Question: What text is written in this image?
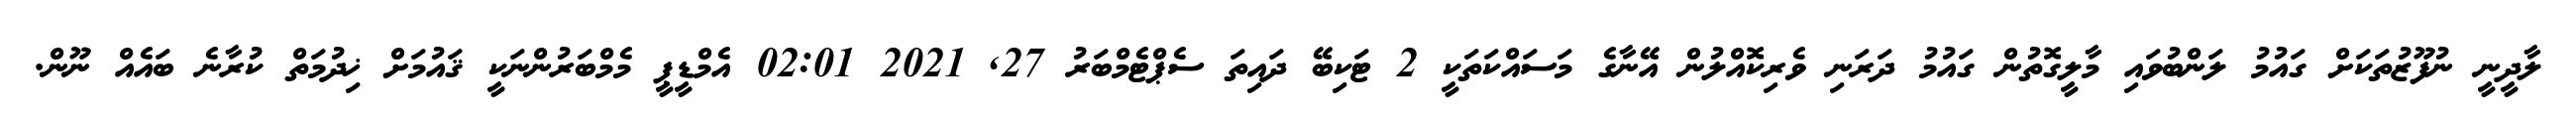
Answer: ލާދީނީ ނުފޫޒުތަކަށް ގައުމު ލަންބުވައި މާލީގޮތުން ގައުމު ދަރަނި ވެރިކޮއްލުން އޭނާގެ މަސައްކަތަކީ 2 ޓަކިބޭ ދައިތަ ސެޕްޓެމްބަރު 27, 2021 02:01 އެމްޑީޕީ މެމްބަރުންނަކީ ޤައުމަށް ޚިދުމަތް ކުރާނެ ބައެއް ނޫން.